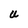
Character: U